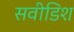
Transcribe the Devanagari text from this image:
सवीडिश